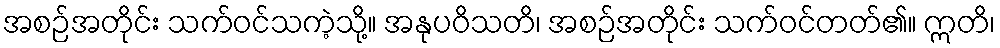
အစဉ်အတိုင်း သက်ဝင်သကဲ့သို့။ အနုပဝိသတိ၊ အစဉ်အတိုင်း သက်ဝင်တတ်၏။ ဣတိ၊